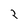
Character: 2